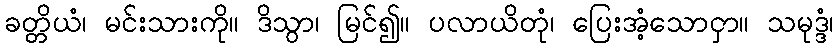
ခတ္တိယံ၊ မင်းသားကို။ ဒိသွာ၊ မြင်၍။ ပလာယိတုံ၊ ပြေးအံ့သောငှာ။ သမုဒ္ဒံ၊